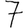
Digit: 7